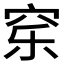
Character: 𰩈